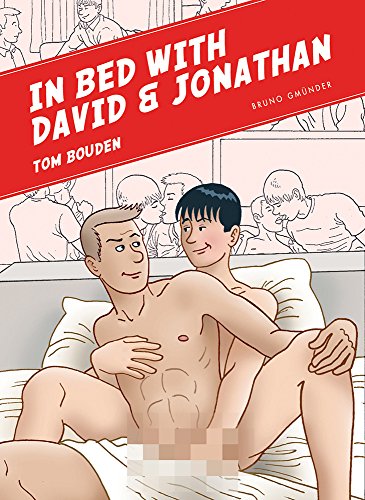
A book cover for In Bed with David & Jonathan; Comics & Graphic Novels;